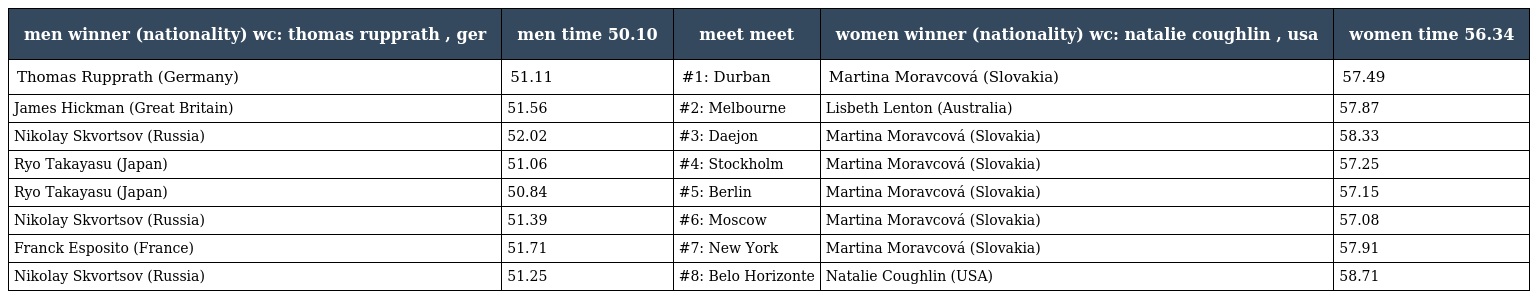
| men winner (nationality) wc: thomas rupprath , ger | men time 50.10 | meet meet | women winner (nationality) wc: natalie coughlin , usa | women time 56.34 |
 | --- | --- | --- | --- | --- |
 | Thomas Rupprath (Germany) | 51.11 | #1: Durban | Martina Moravcová (Slovakia) | 57.49 |
 | James Hickman (Great Britain) | 51.56 | #2: Melbourne | Lisbeth Lenton (Australia) | 57.87 |
 | Nikolay Skvortsov (Russia) | 52.02 | #3: Daejon | Martina Moravcová (Slovakia) | 58.33 |
 | Ryo Takayasu (Japan) | 51.06 | #4: Stockholm | Martina Moravcová (Slovakia) | 57.25 |
 | Ryo Takayasu (Japan) | 50.84 | #5: Berlin | Martina Moravcová (Slovakia) | 57.15 |
 | Nikolay Skvortsov (Russia) | 51.39 | #6: Moscow | Martina Moravcová (Slovakia) | 57.08 |
 | Franck Esposito (France) | 51.71 | #7: New York | Martina Moravcová (Slovakia) | 57.91 |
 | Nikolay Skvortsov (Russia) | 51.25 | #8: Belo Horizonte | Natalie Coughlin (USA) | 58.71 |